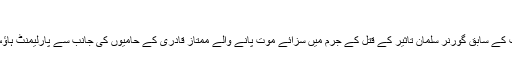
(29.03.2016)
پاکستانی دارالحکومت میں پنجاب کے سابق گورنر سلمان تاثیر کے قتل کے جرم میں سزائے موت پانے والے ممتاز قادری کے حامیوں کی جانب سے پارلیمنٹ ہاؤس کے سامنے دھرنا جاری ہے۔